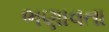
ભણાવતા